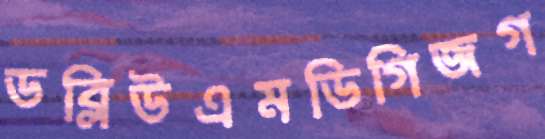
ডব্লিউএমডিগিজগ